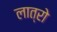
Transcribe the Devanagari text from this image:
लात्रो